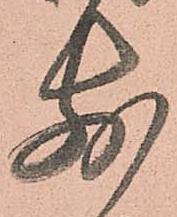
前